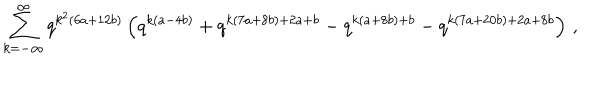
\sum _ { k = - \infty } ^ { \infty } q ^ { k ^ { 2 } ( 6 a + 1 2 b ) } \left( q ^ { k ( a - 4 b ) } + q ^ { k ( 7 a + 8 b ) + 2 a + b } - q ^ { k ( a + 8 b ) + b } - q ^ { k ( 7 a + 2 0 b ) + 2 a + 8 b } \right) \, ,